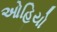
ઓહિયો